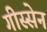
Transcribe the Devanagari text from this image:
गीस्सेन